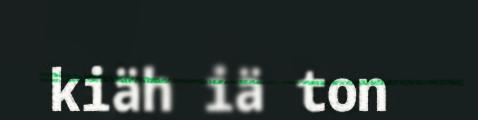
kiäh iä ton